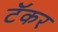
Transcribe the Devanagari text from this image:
टॅकर